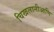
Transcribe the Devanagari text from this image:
चिखलानीआणि